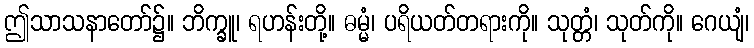
ဤသာသနာတော်၌။ ဘိက္ခူ၊ ရဟန်းတို့။ ဓမ္မံ၊ ပရိယတ်တရားကို။ သုတ္တံ၊ သုတ်ကို။ ဂေယျံ၊